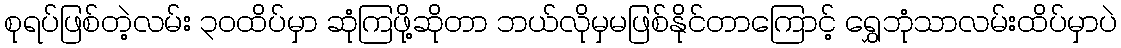
စုရပ်ဖြစ်တဲ့လမ်း ၃၀ထိပ်မှာ ဆုံကြဖို့ဆိုတာ ဘယ်လိုမှမဖြစ်နိုင်တာကြောင့် ရွှေဘုံသာလမ်းထိပ်မှာပဲ